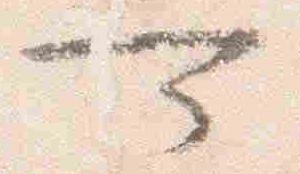
可